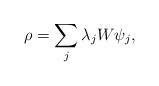
LaTeX: \begin{align*}\rho=\sum_{j}\lambda_{j}W\psi_{j},\end{align*}